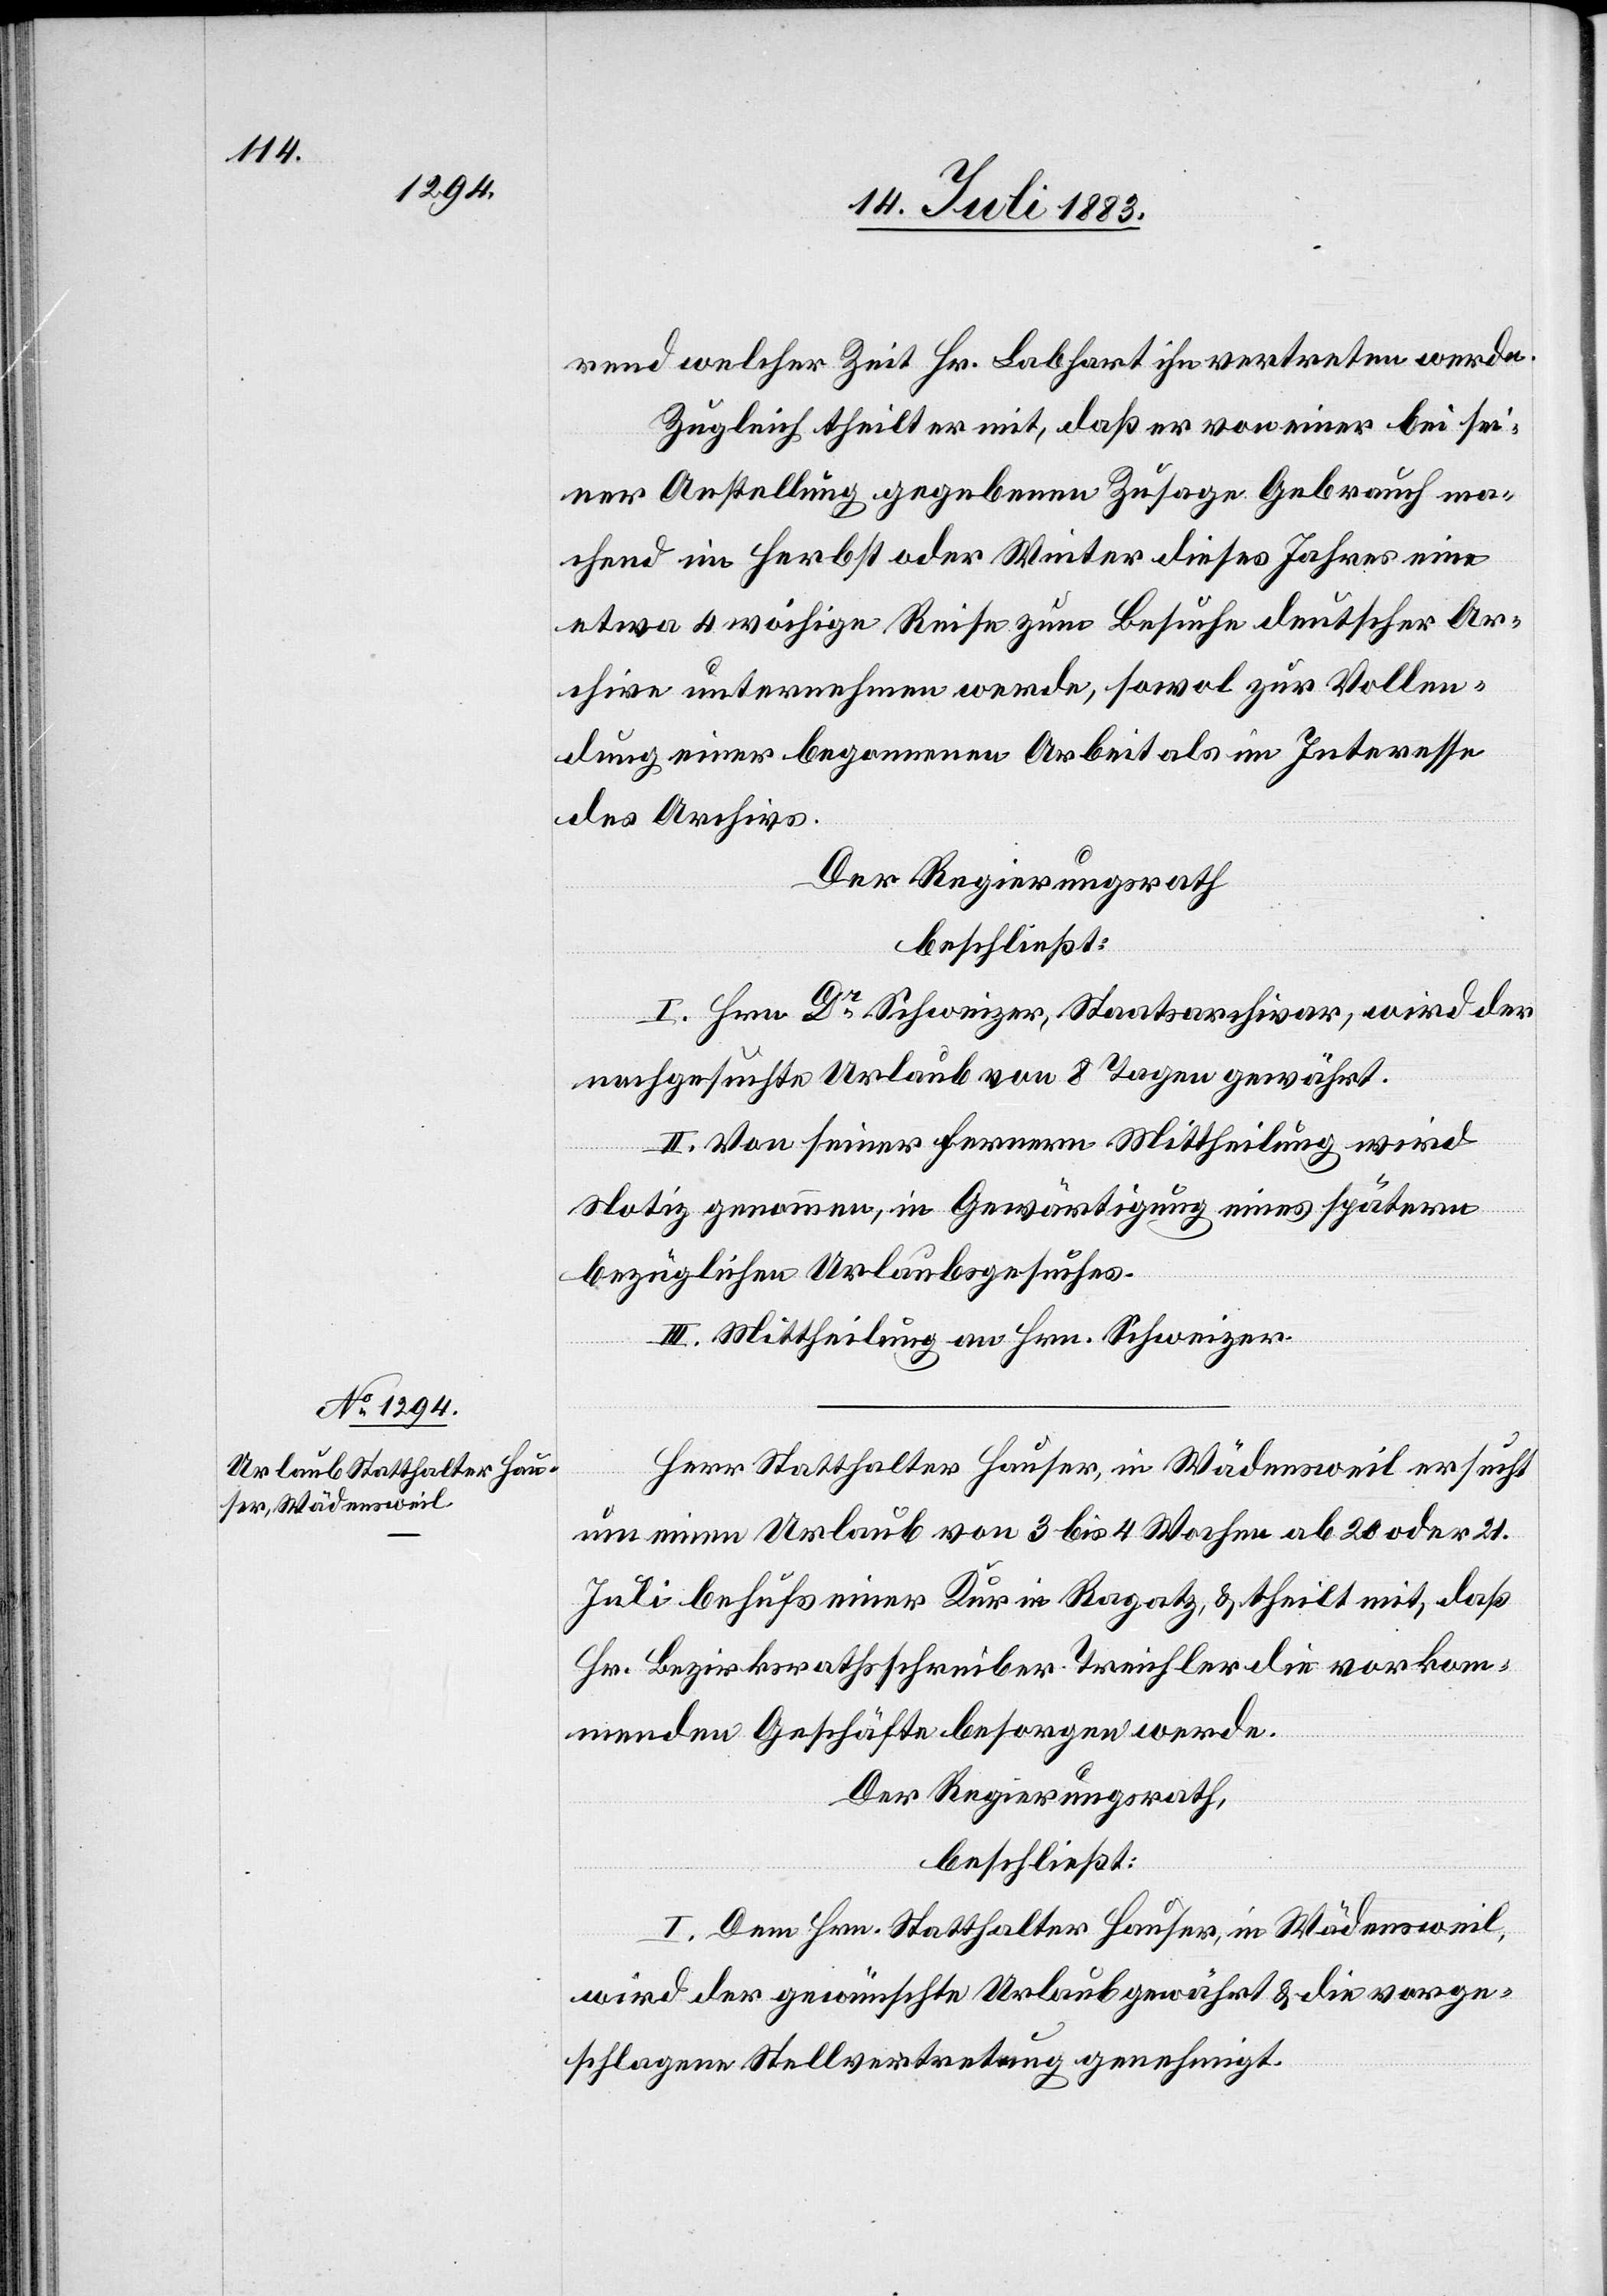
rend welcher Zeit Hr. Labhart ihn vertreten werde.
Zugleich theilt er mit, daß er von einer bei sei¬
ner Anstellung gegebenen Zusage Gebrauch ma¬
chend im Herbst oder Winter dieses Jahres eine
etwa 4 wöchige Reise zum Besuche deutscher Ar¬
chive unternehmen werde, sowol zur Vollen¬
dung einer begonnenen Arbeit als im Interesse
des Archives.
Der Regierungsrath,
beschließt:
I. Hrn. Dr Schweizer, Staatsarchivar, wird der
nachgesuchte Urlaub von 8 Tagen gewährt.
II. Von seiner fernern Mittheilung wird
Notiz genommen, in Gewärtigung eines spätern
bezüglichen Urlaubsgesuches.
III. Mittheilung an Hrn. Schweizer.
Herr Statthalter Hauser, in Wädensweil ersucht
um einen Urlaub von 3 bis 4 Wochen ab 20. oder 21.
Juli behufs einer Kur in Ragatz, & theilt mit, daß
Hr. Bezirksrathsschreiber Treichler die vorkom¬
menden Geschäfte besorgen werde.
Der Regierungsrath,
beschließt:
I. Dem Hrn. Statthalter Hauser, in Wädensweil,
wird der gewünschte Urlaub gewährt & die vorge¬
schlagene Stellvertretung genehmigt.